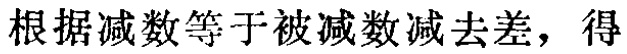
根据减数等于被减数减去差，得